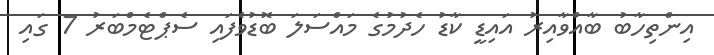
އިންތިހާބު ބާއްވާއިރު އައިޑީ ކާޑު ހެދުމުގެ މައްސަލަ ބޮޑުވެފައި ސެޕްޓެމްބަރު 7 ގައި